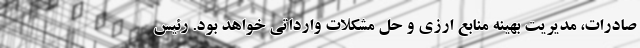
صادرات، مدیریت بهینه منابع ارزی و حل مشکلات وارداتی خواهد بود. رئیس